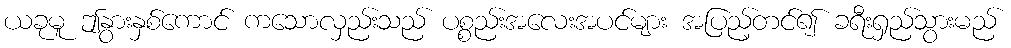
ယခုမူ ဤနွားနှစ်ကောင် ကသောလှည်းသည် ပစ္စည်းအလေးအပင်များ အပြည့်တင်၍ ခရီးရှည်သွားမည်